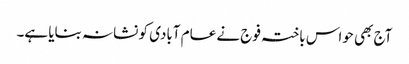
آج بھی حواس باختہ فوج نے عام آبادی کو نشانہ بنایا ہے۔